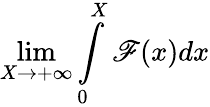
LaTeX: \lim\limits_{X\rightarrow+\infty}\int\limits_{0}^{X}\mathscr{F}(x)dx